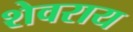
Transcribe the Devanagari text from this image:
शेवराय